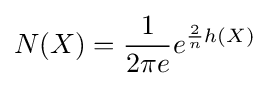
N(X)={\frac {1}{2\pi e}}e^{{\frac {2}{n}}h(X)}